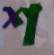
শ